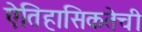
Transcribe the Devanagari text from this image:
ऐतिहासिकतेची